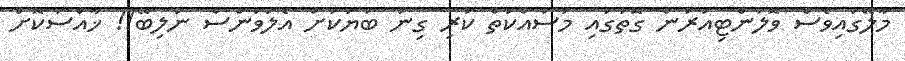
މާލޭގައިވެސް ވޮލަންޓިއަރުން ގޮތުގައި މަސައްކަތް ކުރި ގިނަ ބަޔަކަށް އެލަވަންސް ނުލިބޭ!! ޚާއްސަކޮށް